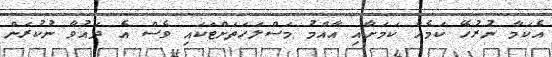
އެކަމާ ނުރުހޭ ކަމެއް ކަމަށާއި އާއްމު މަސްލަހަތަށްޓަކައި ވެސް އެ ދައުވާ ނުކުރަން